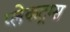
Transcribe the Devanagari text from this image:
प्लेकट्रम्स